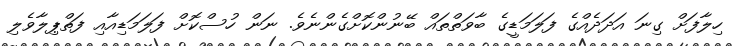
ހިލާފަށް ގިނަ އަދަދެއްގެ ފަލަމަޑީގެ ބާވަތްތައް ބޭނުންކޮށްގެންނެވެ. ނަން ހުސްކޮށް ފަލަމަޑިއާއި ފަތްޕިލާވެލި